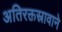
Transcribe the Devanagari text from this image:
अतिरक्तस्रावाने